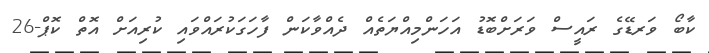
ކާބޯ ވަރޑޭގެ ރައީސް ވަރަށްބޮޑު އަހަންމިއްޔަތެއް ދެއްވާކަން ފާހަގަކުރައްވައި ކުރިއަށް އޮތް ކޮޕް-26